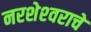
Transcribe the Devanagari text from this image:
नरशेश्‍वराचे